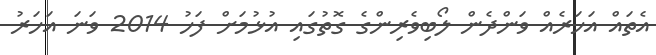
އެތައް އަހަރެއް ވަންދެން ލޯބިވެރިންގެ ގޮތުގައި އުޅުމަށް ފަހު 2014 ވަނަ އަހަރު